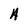
Character: A